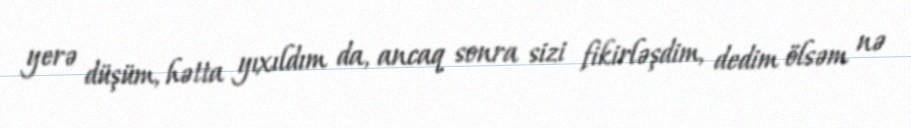
yerə düşüm, hətta yıxıldım da, ancaq sonra sizi fikirləşdim, dedim ölsəm nə